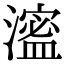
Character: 㵥